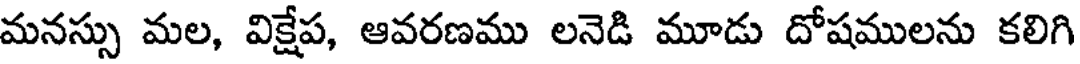
మనస్సు మల, విక్షేప, ఆవరణము లనెడి మూడు దోషములను కలిగి